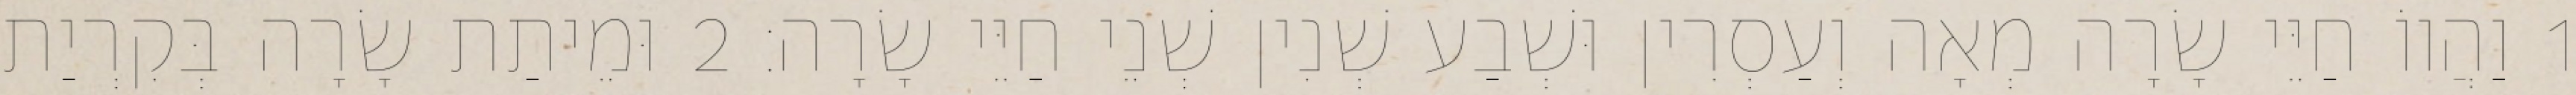
1 וַהֲווֹ חַיֵּי שָׂרָה מְאָה וְעַסְרִין וּשְׁבַע שְׁנִין שְׁנֵי חַיֵּי שָׂרָה׃ 2 וּמֵיתַת שָׂרָה בְּקִרְיַת